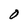
Character: O